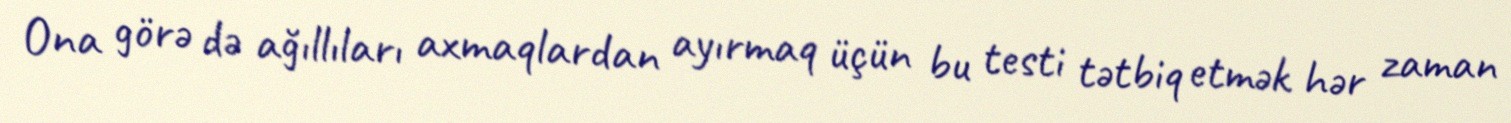
Ona görə də ağıllıları axmaqlardan ayırmaq üçün bu testi tətbiq etmək hər zaman